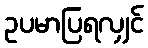
ဥပမာပြရလျှင်